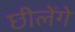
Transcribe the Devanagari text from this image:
छीलेंगे